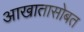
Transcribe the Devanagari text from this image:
आखातासोबत